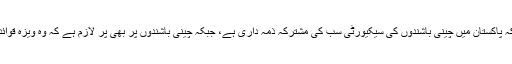
ان کا کہنا تھا کہ پاکستان میں چینی باشندوں کی سیکیورٹی سب کی مشترکہ ذمہ داری ہے، جبکہ چینی باشندوں پر بھی پر لازم ہے کہ وہ ویزہ قوائد کا پاس کریں۔